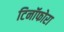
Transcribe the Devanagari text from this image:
टिनॉफोरा